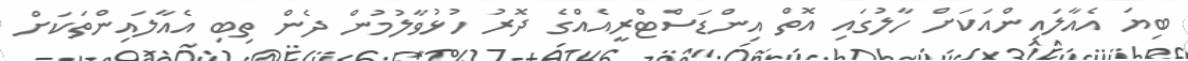
ބިޔަ އެއާލައިންއަކަށް ހާލުގައި އޮތް އިންޑަސްޓްރީއެއްގެ ދޮރު ހުޅުވާލުމުން ދެން ތިބި އެއާލައިންތަކަށް